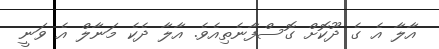
އާލާ އެ ގެ ދޫކޮށް ގޮސްފާނެތިއެވެ. އާލާ ދެކެ މަނާލް އެ ވަނީ